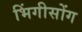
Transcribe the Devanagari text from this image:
भिंगीसोंग